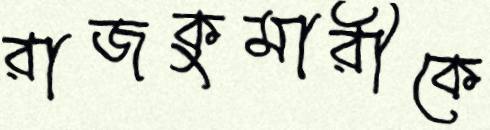
রাজকুমারীকে